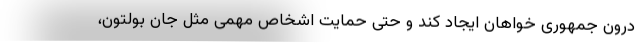
درون جمهوری خواهان ایجاد کند و حتی حمایت اشخاص مهمی مثل جان بولتون،